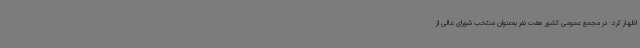
اظهار کرد: در مجمع عمومی کشور هفت نفر به‌عنوان منتخب شورای عالی از